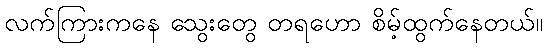
လက်ကြားကနေ သွေးတွေ တရဟော စိမ့်ထွက်နေတယ်။